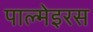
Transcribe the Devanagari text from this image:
पाल्मेइरस